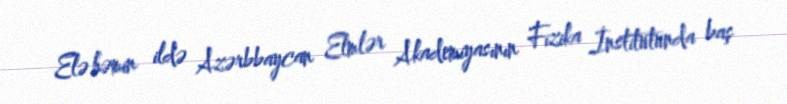
Elə həmin ildə Azərbbaycan Elmlər Akademiyasının Fizika İnstitutunda baş